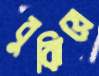
বুঝিয়ে